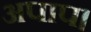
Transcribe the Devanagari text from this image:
अपाप।